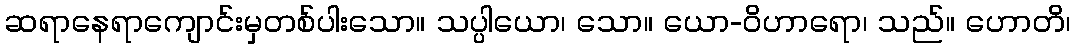
ဆရာနေရာကျောင်းမှတစ်ပါးသော။ သပ္ပါယော၊ သော။ ယော-ဝိဟာရော၊ သည်။ ဟောတိ၊